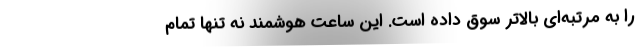
را به مرتبه‌ای بالاتر سوق داده است. این ساعت هوشمند نه تنها تمام